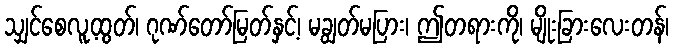
သျှင်စေလူ့ထွတ်၊ ဂုဏ်တော်မြတ်နှင့်၊ မချွတ်မပြား၊ ဤတရားကို၊ မျိုးခြားလေးတန်၊